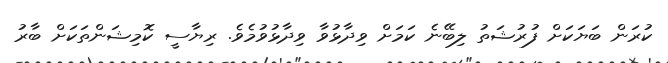
ކުރަން ބަޔަކަށް ފުރުޝަތު ލިބޭނެ ކަމަށް ވިދާޅުވާ ވިދާޅުވުމެވެ. ރިޔާސީ ކޮމިޝަންތަކަށް ބާރު